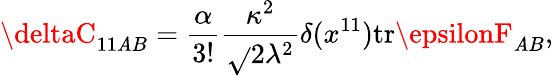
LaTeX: \deltaC_{11\mathit{A}B}={\frac{{\alpha}}{{3!}}}{\frac{{\kappa^{2}}}{{\sqrt{}{{2}}\lambda^{2}}}}\delta(x^{11})\mathrm{{tr}}\epsilonF_{\mathit{A}B},